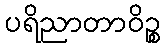
ပရိညာတာဝိဉ္စ